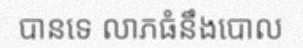
បានទេ លាភធំនឹងបោល